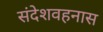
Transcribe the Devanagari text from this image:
संदेशवहनास